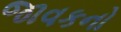
જાવકનો